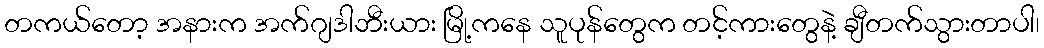
တကယ်တော့ အနားက အက်ဂျဒါဘီးယား မြို့ကနေ သူပုန်တွေက တင့်ကားတွေနဲ့ ချီတက်သွားတာပါ၊